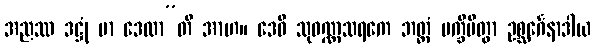
အညဿ ဒဋ္ဌုံ မာ ဒေထာ”တိ အာဟ။ ဒေဝီ သုဝဏ္ဏသရကေ ဘတ္တံ ပက္ခိပိတွာ ဥစ္ဆင်္ဂေနာဒါယ